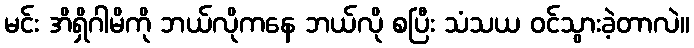
မင်း အိရှိဂါမိကို ဘယ်လိုကနေ ဘယ်လို စပြီး သံသယ ဝင်သွားခဲ့တာလဲ။